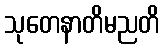
သုတေနာတိမညတိ